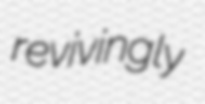
revivingly